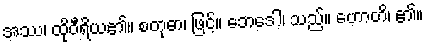
အဿ၊ ထိုဝီရိယ၏။ စတုဓာ၊ ဖြင့်။ ဘေဒေါ၊ သည်။ ဟောတိ၊ ၏။